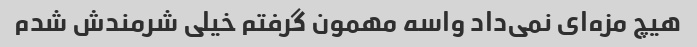
هیچ مزه‌ای نمی‌داد واسه مهمون گرفتم خیلی شرمندش شدم